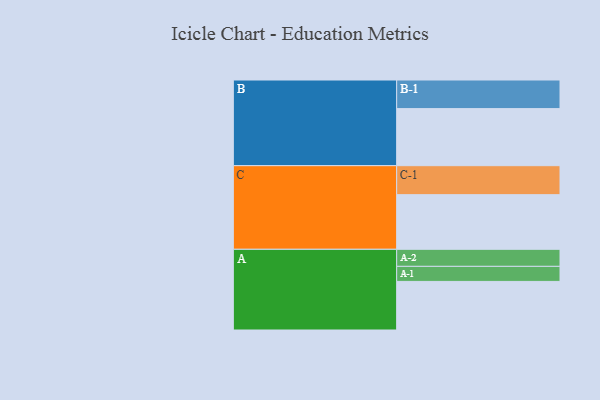
{"axis": {"x": "Segment", "y": "Value"}, "legend": ["", "A", "B", "C"], "data": [{"x": "A", "y": 496, "type": ""}, {"x": "B", "y": 583, "type": ""}, {"x": "C", "y": 558, "type": ""}, {"x": "A-1", "y": 154, "type": "A"}, {"x": "A-2", "y": 174, "type": "A"}, {"x": "B-1", "y": 292, "type": "B"}, {"x": "C-1", "y": 296, "type": "C"}]}